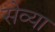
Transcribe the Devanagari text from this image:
सेव्या